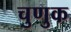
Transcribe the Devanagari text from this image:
चुणुक